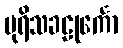
ပုရိသခဠုင်္ကော